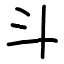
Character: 斗